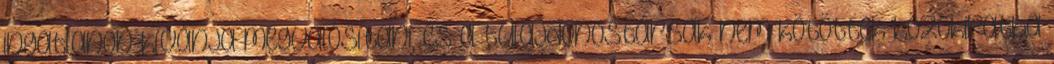
ingatlanon kívánja megvalósítani, és a tulajdonostársak nem kötöttek közokiratba